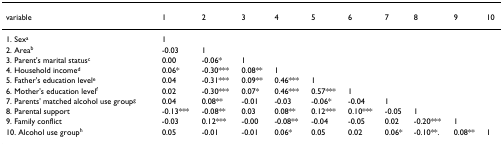
<table><thead><tr><td><b>variable</b></td><td><b>1</b></td><td><b>2</b></td><td><b>3</b></td><td><b>4</b></td><td><b>5</b></td><td><b>6</b></td><td><b>7</b></td><td><b>8</b></td><td><b>9</b></td><td><b>10</b></td></tr></thead><tbody><tr><td>1. Sex<sup>a</sup></td><td>1</td><td></td><td></td><td></td><td></td><td></td><td></td><td></td><td></td><td></td></tr><tr><td>2. Area<sup>b</sup></td><td>-0.03</td><td>1</td><td></td><td></td><td></td><td></td><td></td><td></td><td></td><td></td></tr><tr><td>3. Parent&#x27;s marital status<sup>c</sup></td><td>0.00</td><td>-0.06*</td><td>1</td><td></td><td></td><td></td><td></td><td></td><td></td><td></td></tr><tr><td>4. Household income<sup>d</sup></td><td>0.06*</td><td>-0.30***</td><td>0.08**</td><td>1</td><td></td><td></td><td></td><td></td><td></td><td></td></tr><tr><td>5. Father&#x27;s education level<sup>e</sup></td><td>0.04</td><td>-0.31***</td><td>0.09**</td><td>0.46***</td><td>1</td><td></td><td></td><td></td><td></td><td></td></tr><tr><td>6. Mother&#x27;s education level<sup>f</sup></td><td>0.02</td><td>-0.30***</td><td>0.07*</td><td>0.46***</td><td>0.57***</td><td>1</td><td></td><td></td><td></td><td></td></tr><tr><td>7. Parents&#x27; matched alcohol use group<sup>g</sup></td><td>0.04</td><td>0.08**</td><td>-0.01</td><td>-0.03</td><td>-0.06*</td><td>-0.04</td><td>1</td><td></td><td></td><td></td></tr><tr><td>8. Parental support</td><td>-0.13***</td><td>-0.08**</td><td>0.03</td><td>0.08**</td><td>0.12***</td><td>0.10***</td><td>-0.05</td><td>1</td><td></td><td></td></tr><tr><td>9. Family conflict</td><td>-0.03</td><td>0.12***</td><td>-0.00</td><td>-0.08**</td><td>-0.04</td><td>-0.05</td><td>0.02</td><td>-0.20***</td><td>1</td><td></td></tr><tr><td>10. Alcohol use group<sup>h</sup></td><td>0.05</td><td>-0.01</td><td>-0.01</td><td>0.06*</td><td>0.05</td><td>0.02</td><td>0.06*</td><td>-0.10**.</td><td>0.08**</td><td>1</td></tr></tbody></table>